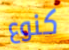
كنوع